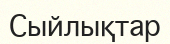
Сыйлықтар